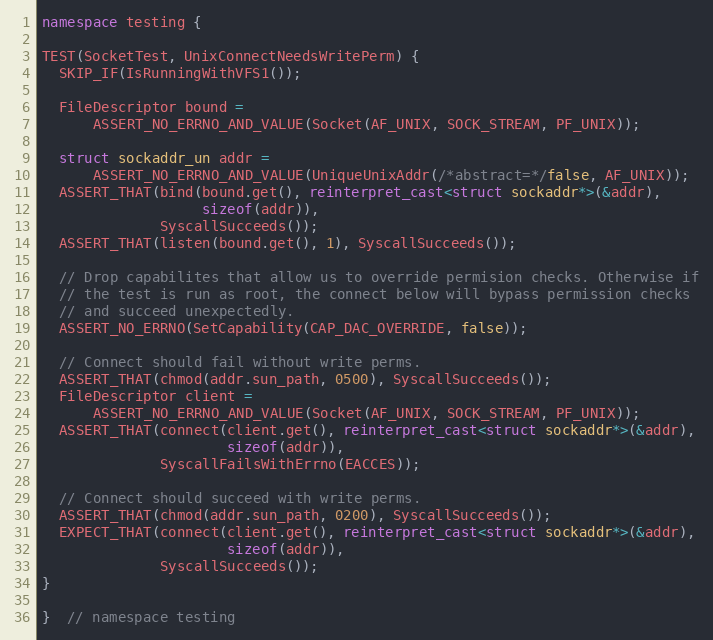
Language: C++
namespace testing {

TEST(SocketTest, UnixConnectNeedsWritePerm) {
  SKIP_IF(IsRunningWithVFS1());

  FileDescriptor bound =
      ASSERT_NO_ERRNO_AND_VALUE(Socket(AF_UNIX, SOCK_STREAM, PF_UNIX));

  struct sockaddr_un addr =
      ASSERT_NO_ERRNO_AND_VALUE(UniqueUnixAddr(/*abstract=*/false, AF_UNIX));
  ASSERT_THAT(bind(bound.get(), reinterpret_cast<struct sockaddr*>(&addr),
                   sizeof(addr)),
              SyscallSucceeds());
  ASSERT_THAT(listen(bound.get(), 1), SyscallSucceeds());

  // Drop capabilites that allow us to override permision checks. Otherwise if
  // the test is run as root, the connect below will bypass permission checks
  // and succeed unexpectedly.
  ASSERT_NO_ERRNO(SetCapability(CAP_DAC_OVERRIDE, false));

  // Connect should fail without write perms.
  ASSERT_THAT(chmod(addr.sun_path, 0500), SyscallSucceeds());
  FileDescriptor client =
      ASSERT_NO_ERRNO_AND_VALUE(Socket(AF_UNIX, SOCK_STREAM, PF_UNIX));
  ASSERT_THAT(connect(client.get(), reinterpret_cast<struct sockaddr*>(&addr),
                      sizeof(addr)),
              SyscallFailsWithErrno(EACCES));

  // Connect should succeed with write perms.
  ASSERT_THAT(chmod(addr.sun_path, 0200), SyscallSucceeds());
  EXPECT_THAT(connect(client.get(), reinterpret_cast<struct sockaddr*>(&addr),
                      sizeof(addr)),
              SyscallSucceeds());
}

}  // namespace testing